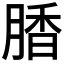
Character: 𰮽